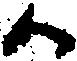
か